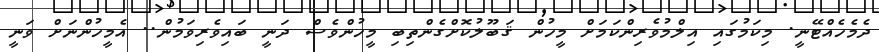
ދެމެހެއްޓޭނީ. މިކަމުގައި އިލްމުވެރިންކަމަށް މީހުން ޤަބޫލުކޮށްގެންތިބި މީހުންވެސް ދަނީ ބައިވެރިވަމުން.. އެމީހުންނަށް ވަނީ